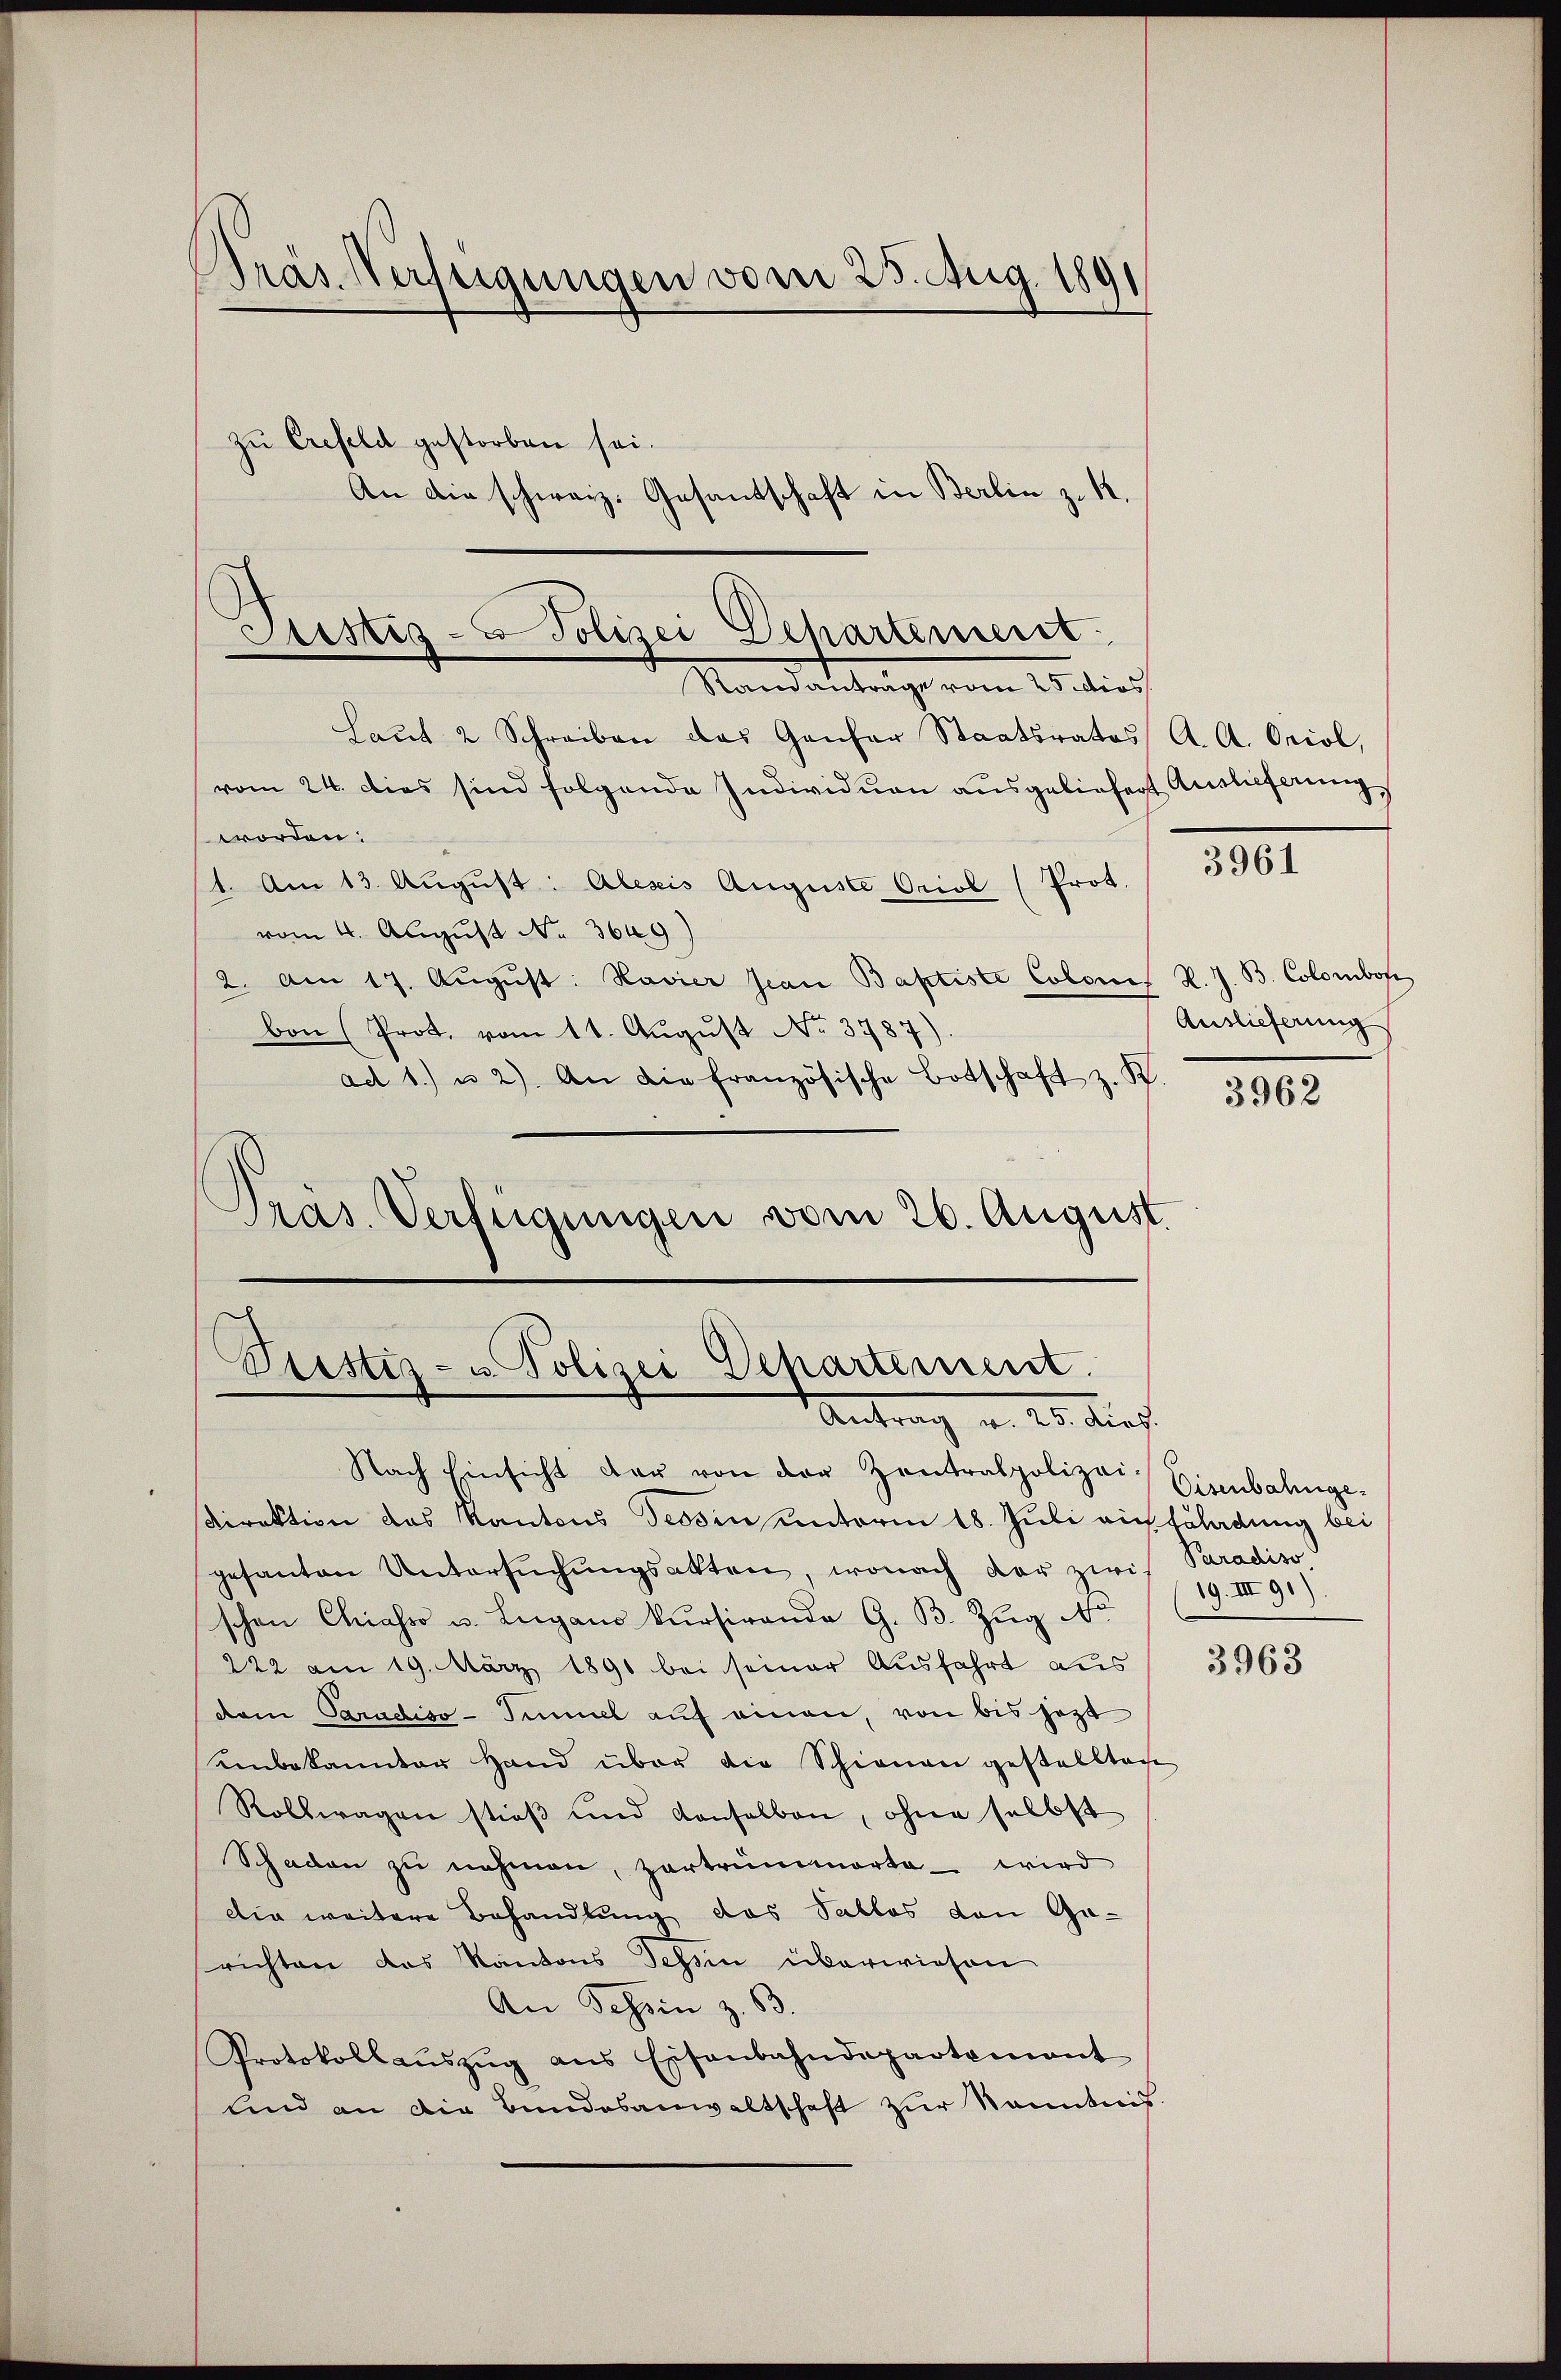
Präs. Verfügungen vom 25. Aug. 1891

Justiz- & Polizei Departement
Randantrage vom 25. dies

Laŭt 2 Schreiben das Gantar Staatsrates A. A. Oriol,
vom 24. dies sind folgende Individuen ausgeliefert Auslieferung
worden:
1. Am 13. Aŭgŭst: Alesis Auguste Oriol (Prot.
vom 4. August No. 3649)
2. Am 17. Aŭgŭst: Navier Jan Baptiste Colones R. J. B. Colombon
bon (Prot, vom 11. August No. 3787).
ad 1. u 2). An die französische Botschaft z. K.
Präs. Verfügungen vom 26. August.

zu Crefeld gestorben sei.
An die schweiz. Gesandschaft in Berlin z. R.

Prestiz- u. Polizei Departement
Antrag a. 25. dies

Nach Einsicht der von der Zentralpolizei- Eisenbahnge¬
Direktion das Kantons Tessin unterm 18. Juli auf Erladung bei
gesanten Untersŭchŭngsakten, wonach der zwis Paradiso
schen Chiasso u. Lugano kursirende G. B. Zug No
222 am 19. März 1891 bei seiner Ausfahrt aus
dem Paradiso- Immel auf einen, von bis jetzt
Kinbekannter Hand über die Schienen gestelltene
Rolbwagen stieß und Konselben, ohne selbst
Schaden zu nehmen, zartrümmerte - wird
die weitere Behandlung das Sablos den Gasrichten das Kantons Tessin überwiesen
An Tessin z. B.
Protokollaŭszŭg ans Eisenbahndepartement
Und an die Bundesanwaltschaft zŭr Kenntnis.

3961

Auslieferung

3963

3962

19. III 91)